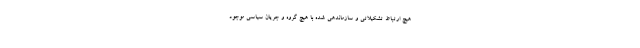
هیچ ارتباط تشکیلاتی و سازماندهی شده با هیچ گروه و جریان سیاسی موجود